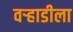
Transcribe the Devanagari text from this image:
वर्‍हाडीला